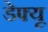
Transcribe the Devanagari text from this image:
डेफ्यू